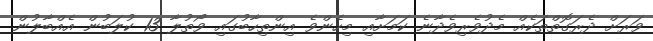
ވަރަށް ދެރަގޮތްތަކެއް މެދުވެރިވެދާނެ ކަމަށާއި މިހެންވެ އިންތިހާބުގައި ވޯތުލާ 13 ކުލަބުން އެއްބާލުން